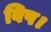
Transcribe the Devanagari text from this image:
विष।